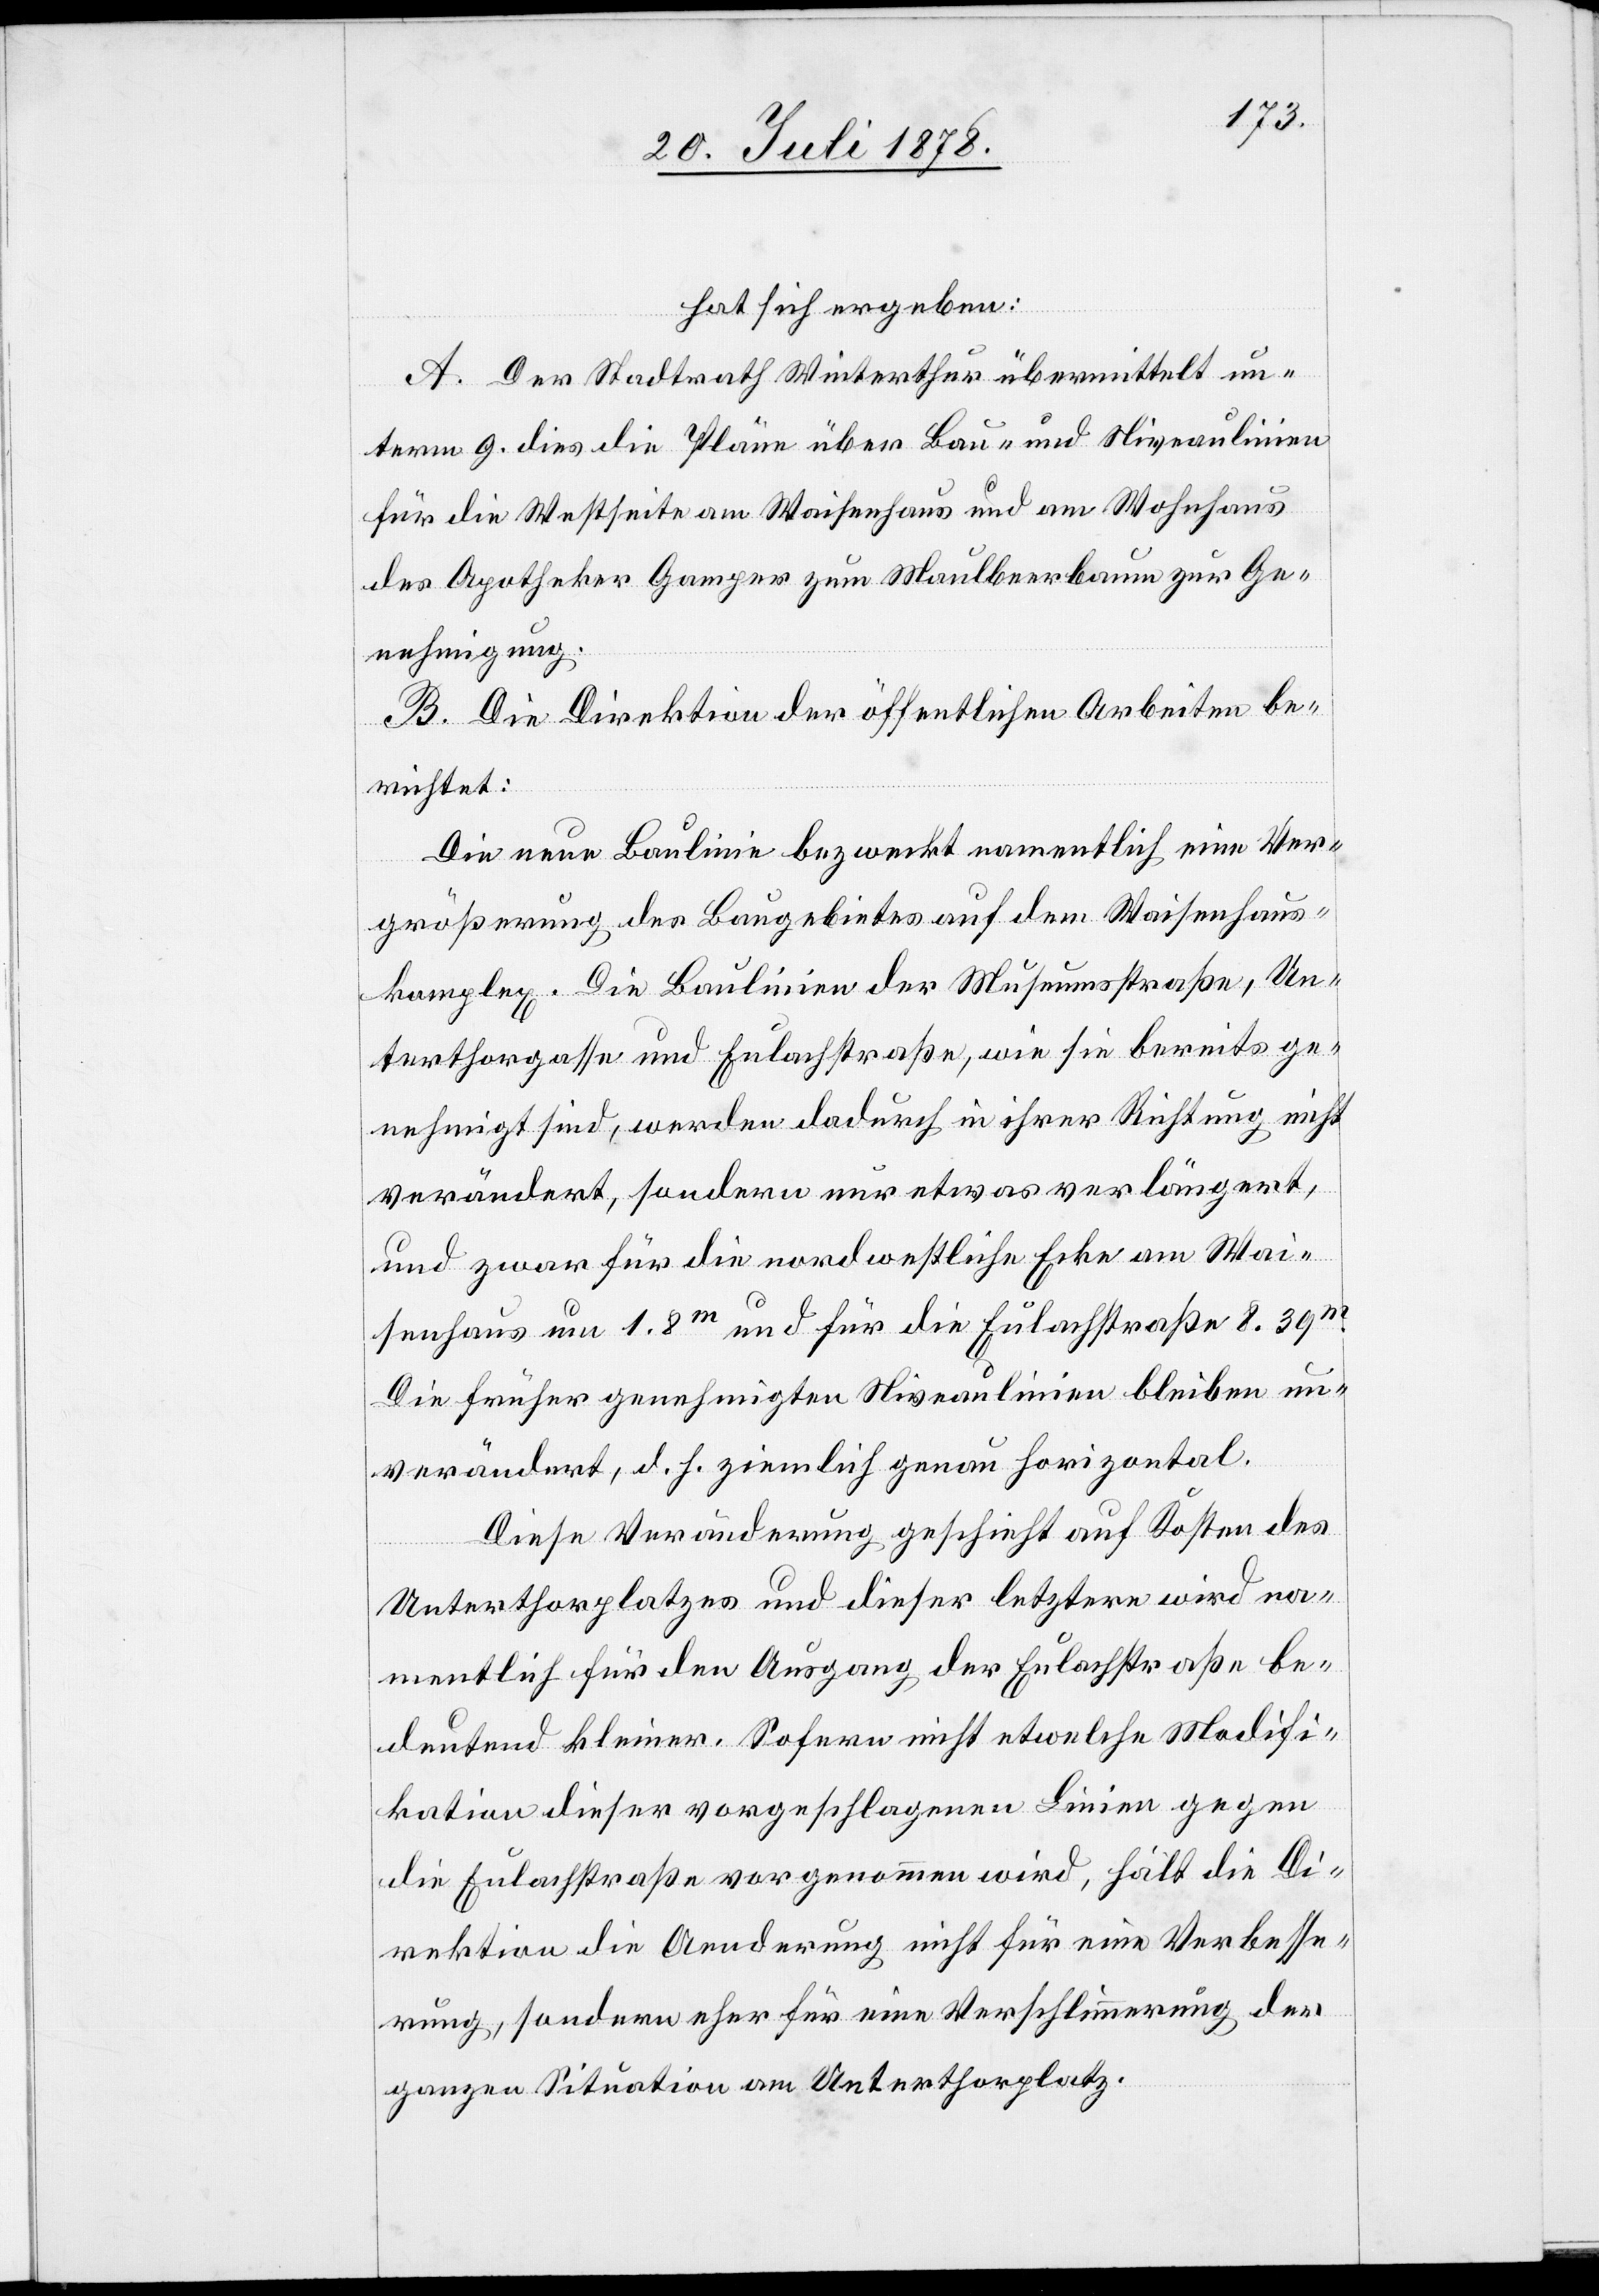
hat sich ergeben:
A. Der Stadtrath Winterthur übermittelt un¬
term 9. dies die Pläne über Bau- und Niveaulinien
für die Westseite am Waisenhaus und am Wohnhaus
des Apotheker Gamper zum Maulbeerbaum zur Ge¬
nehmigung.
B. Die Direktion der öffentlichen Arbeiten be¬
richtet:
Die neue Baulinie bezweckt namentlich eine Ver¬
größerung des Baugebietes auf dem Waisenhaus¬
komplex. Die Baulinien der Museumsstraße, Un¬
terthorgasse und Eulachstraße, wie sie bereits ge¬
nehmigt sind, werden dadurch in ihrer Richtung nicht
verändert, sondern nur etwas verlängert,
und zwar für die nordwestliche Ecke am Wai¬
senhaus um 1.8m und für die Eulachstraße 8.39m.
Die früher genehmigten Niveaulinien bleiben un¬
verändert, d. h. ziemlich genau horizontal.
Diese Veränderung geschieht auf Kosten des
Unterthorplatzes und dieser letztere wird na¬
mentlich für den Ausgang der Eulachstraße be¬
deutend kleiner. Sofern nicht etwelche Modifi¬
kation dieser vorgeschlagenen Linien gegen
die Eulachstraße vorgenommen wird, hält die Di¬
rektion die Aenderung nicht für eine Verbesse¬
rung, sondern eher für eine Verschlimmerung der
ganzen Situation am Unterthorplatz.